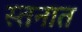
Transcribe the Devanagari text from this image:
स्तनात